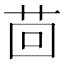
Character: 茴